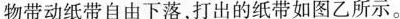
物带动纸带自由下落，打出的纸带如图乙所示。